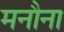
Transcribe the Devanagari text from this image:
मनौना